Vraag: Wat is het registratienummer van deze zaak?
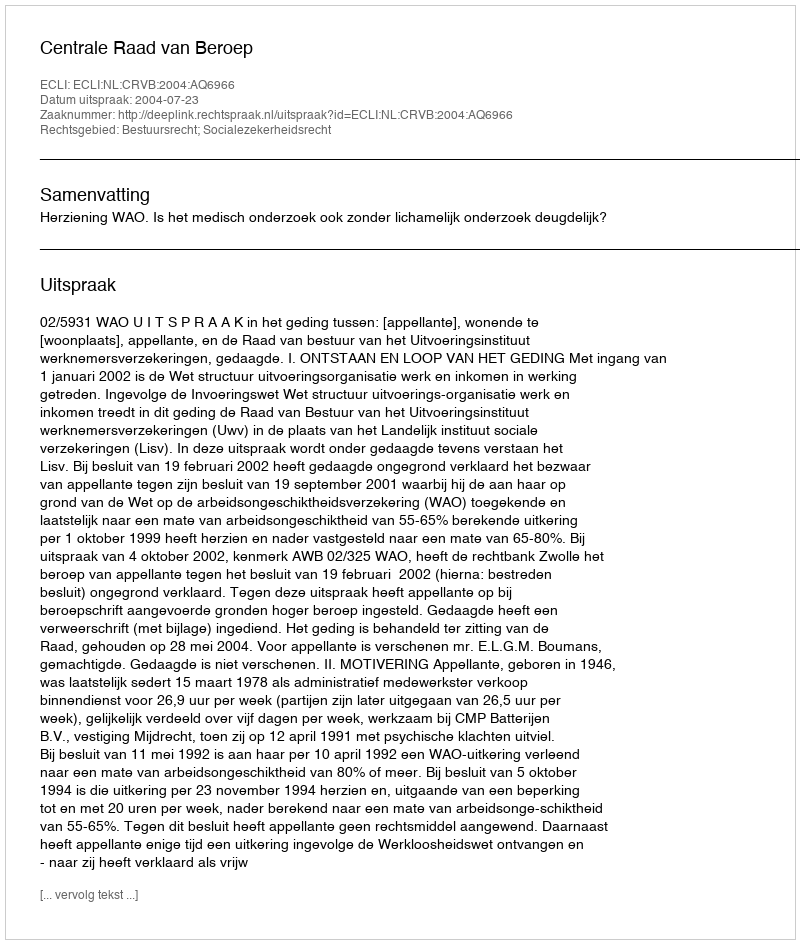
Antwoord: http://deeplink.rechtspraak.nl/uitspraak?id=ECLI:NL:CRVB:2004:AQ6966